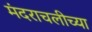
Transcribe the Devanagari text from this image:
मंदराचलीच्या